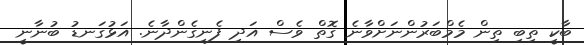
ބާކީ ތިބި ތިން މެމްބަރުންނަށްވާނެ ގޮތް ވެސް އަދި ފެނިގެންދާނެ. އަޅުގަނޑު ބުނާނީ